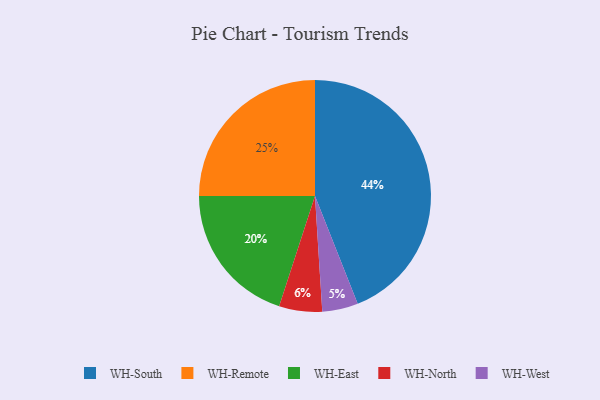
{"axis": {"x": "Category", "y": "Percentage"}, "legend": ["WH-East", "WH-North", "WH-Remote", "WH-South", "WH-West"], "data": [{"x": "WH-South", "y": 44, "type": "WH-South"}, {"x": "WH-Remote", "y": 25, "type": "WH-Remote"}, {"x": "WH-North", "y": 6, "type": "WH-North"}, {"x": "WH-East", "y": 20, "type": "WH-East"}, {"x": "WH-West", "y": 5, "type": "WH-West"}]}